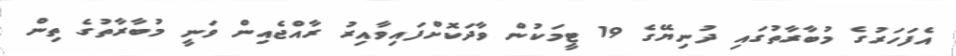
އެފަހަރުގެ މުބާރާތުގައި ދުނިޔޭގެ 19 ޓީމަކުން ވާދަކޮށްފައިވާއިރު ރާއްޖެއިން ވަނީ މުބާރާތުގެ ތިން